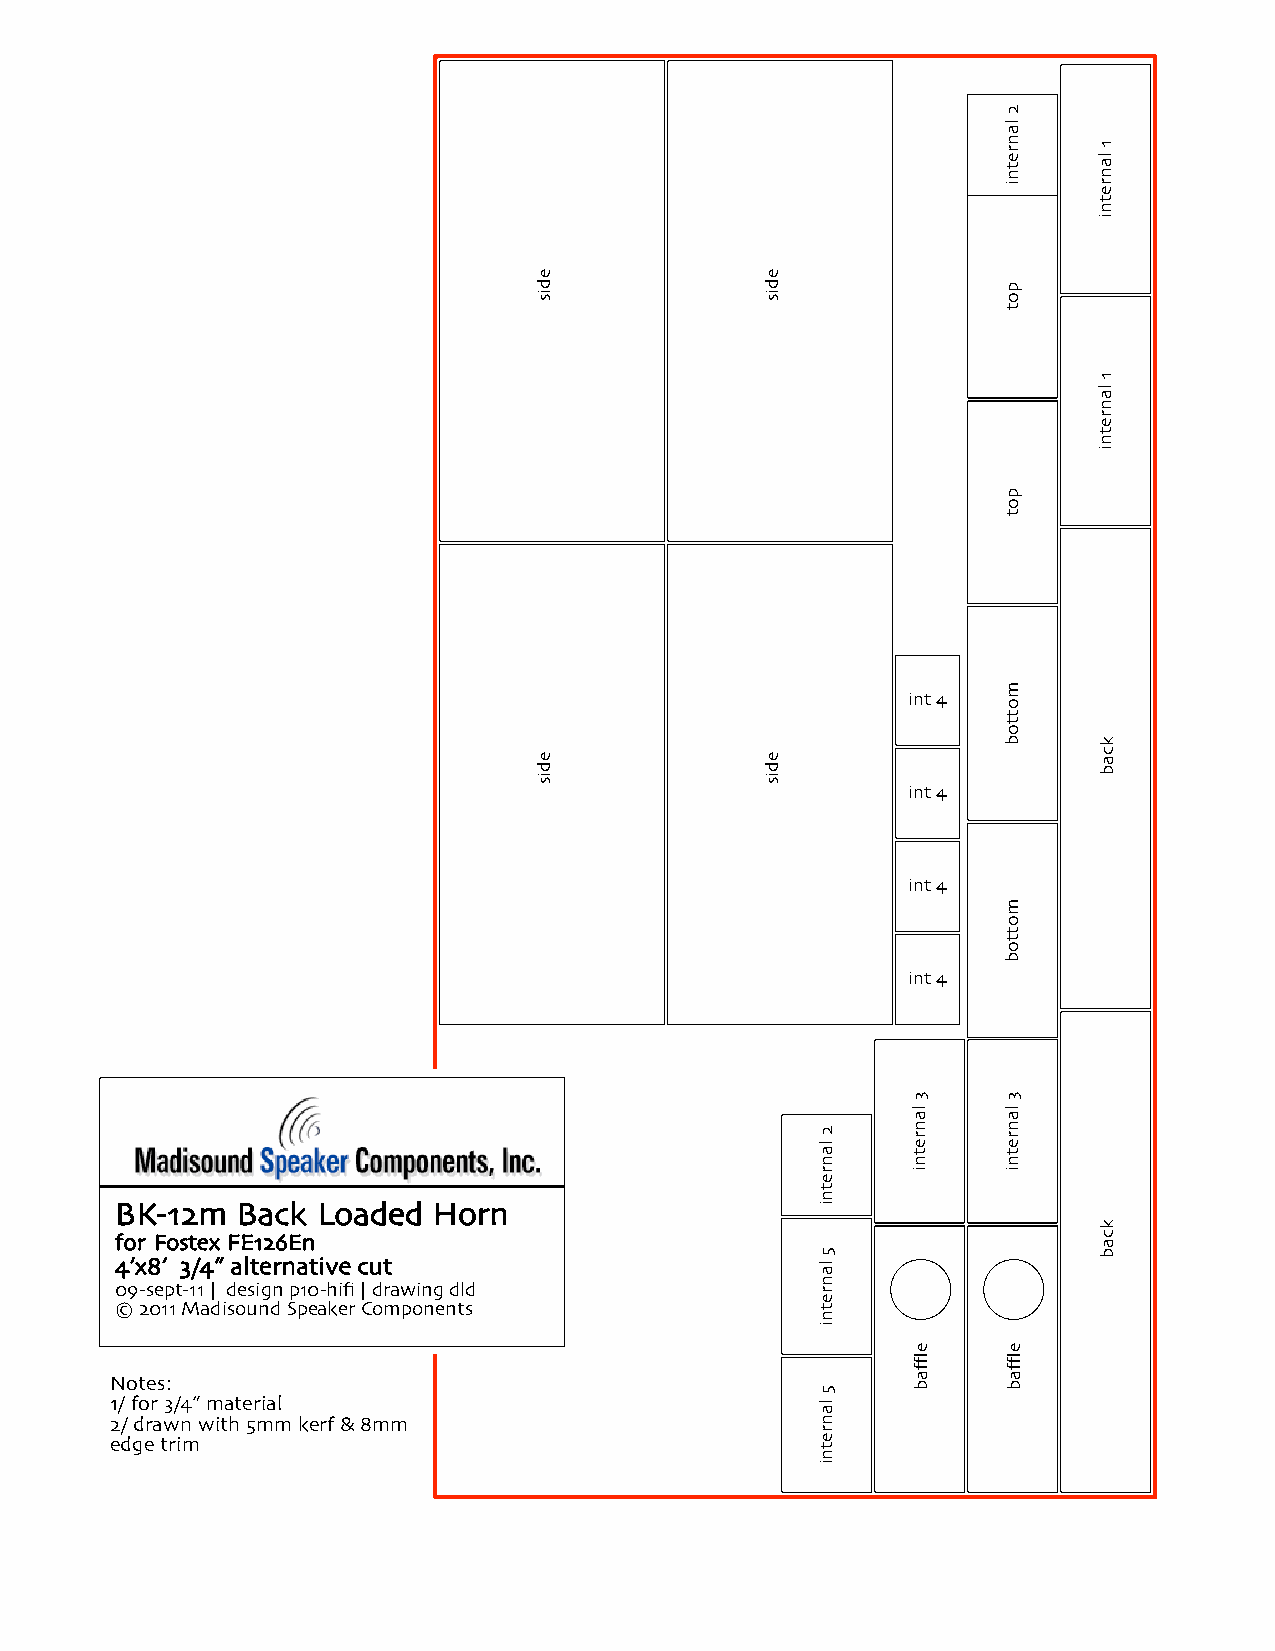
int 4
 int 4
 int 4
 int 4
 BK-12m  Back Loaded  Horn
 for Fostex FE126En
 4’x8 ’ 3/4” alternative cut
 09-sept-11 | design p10-hifi | drawing dld
 © 2011 Madisound Speaker Components
 Notes:
 1/ for 3/4” material
 2/ drawn with 5mm kerf & 8mm
 edge trim
 edis
 edis
 edis
 edis
 2
 lanretni
 5
 lanretni
 5
 lanretni
 3
 lanretni
 efflab
 2
 lanretni
 pot
 pot
 mottob
 mottob
 3
 lanretni
 efflab
 1
 lanretni
 1
 lanretni
 kcab
 kcab